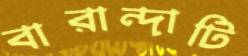
বারান্দাটি